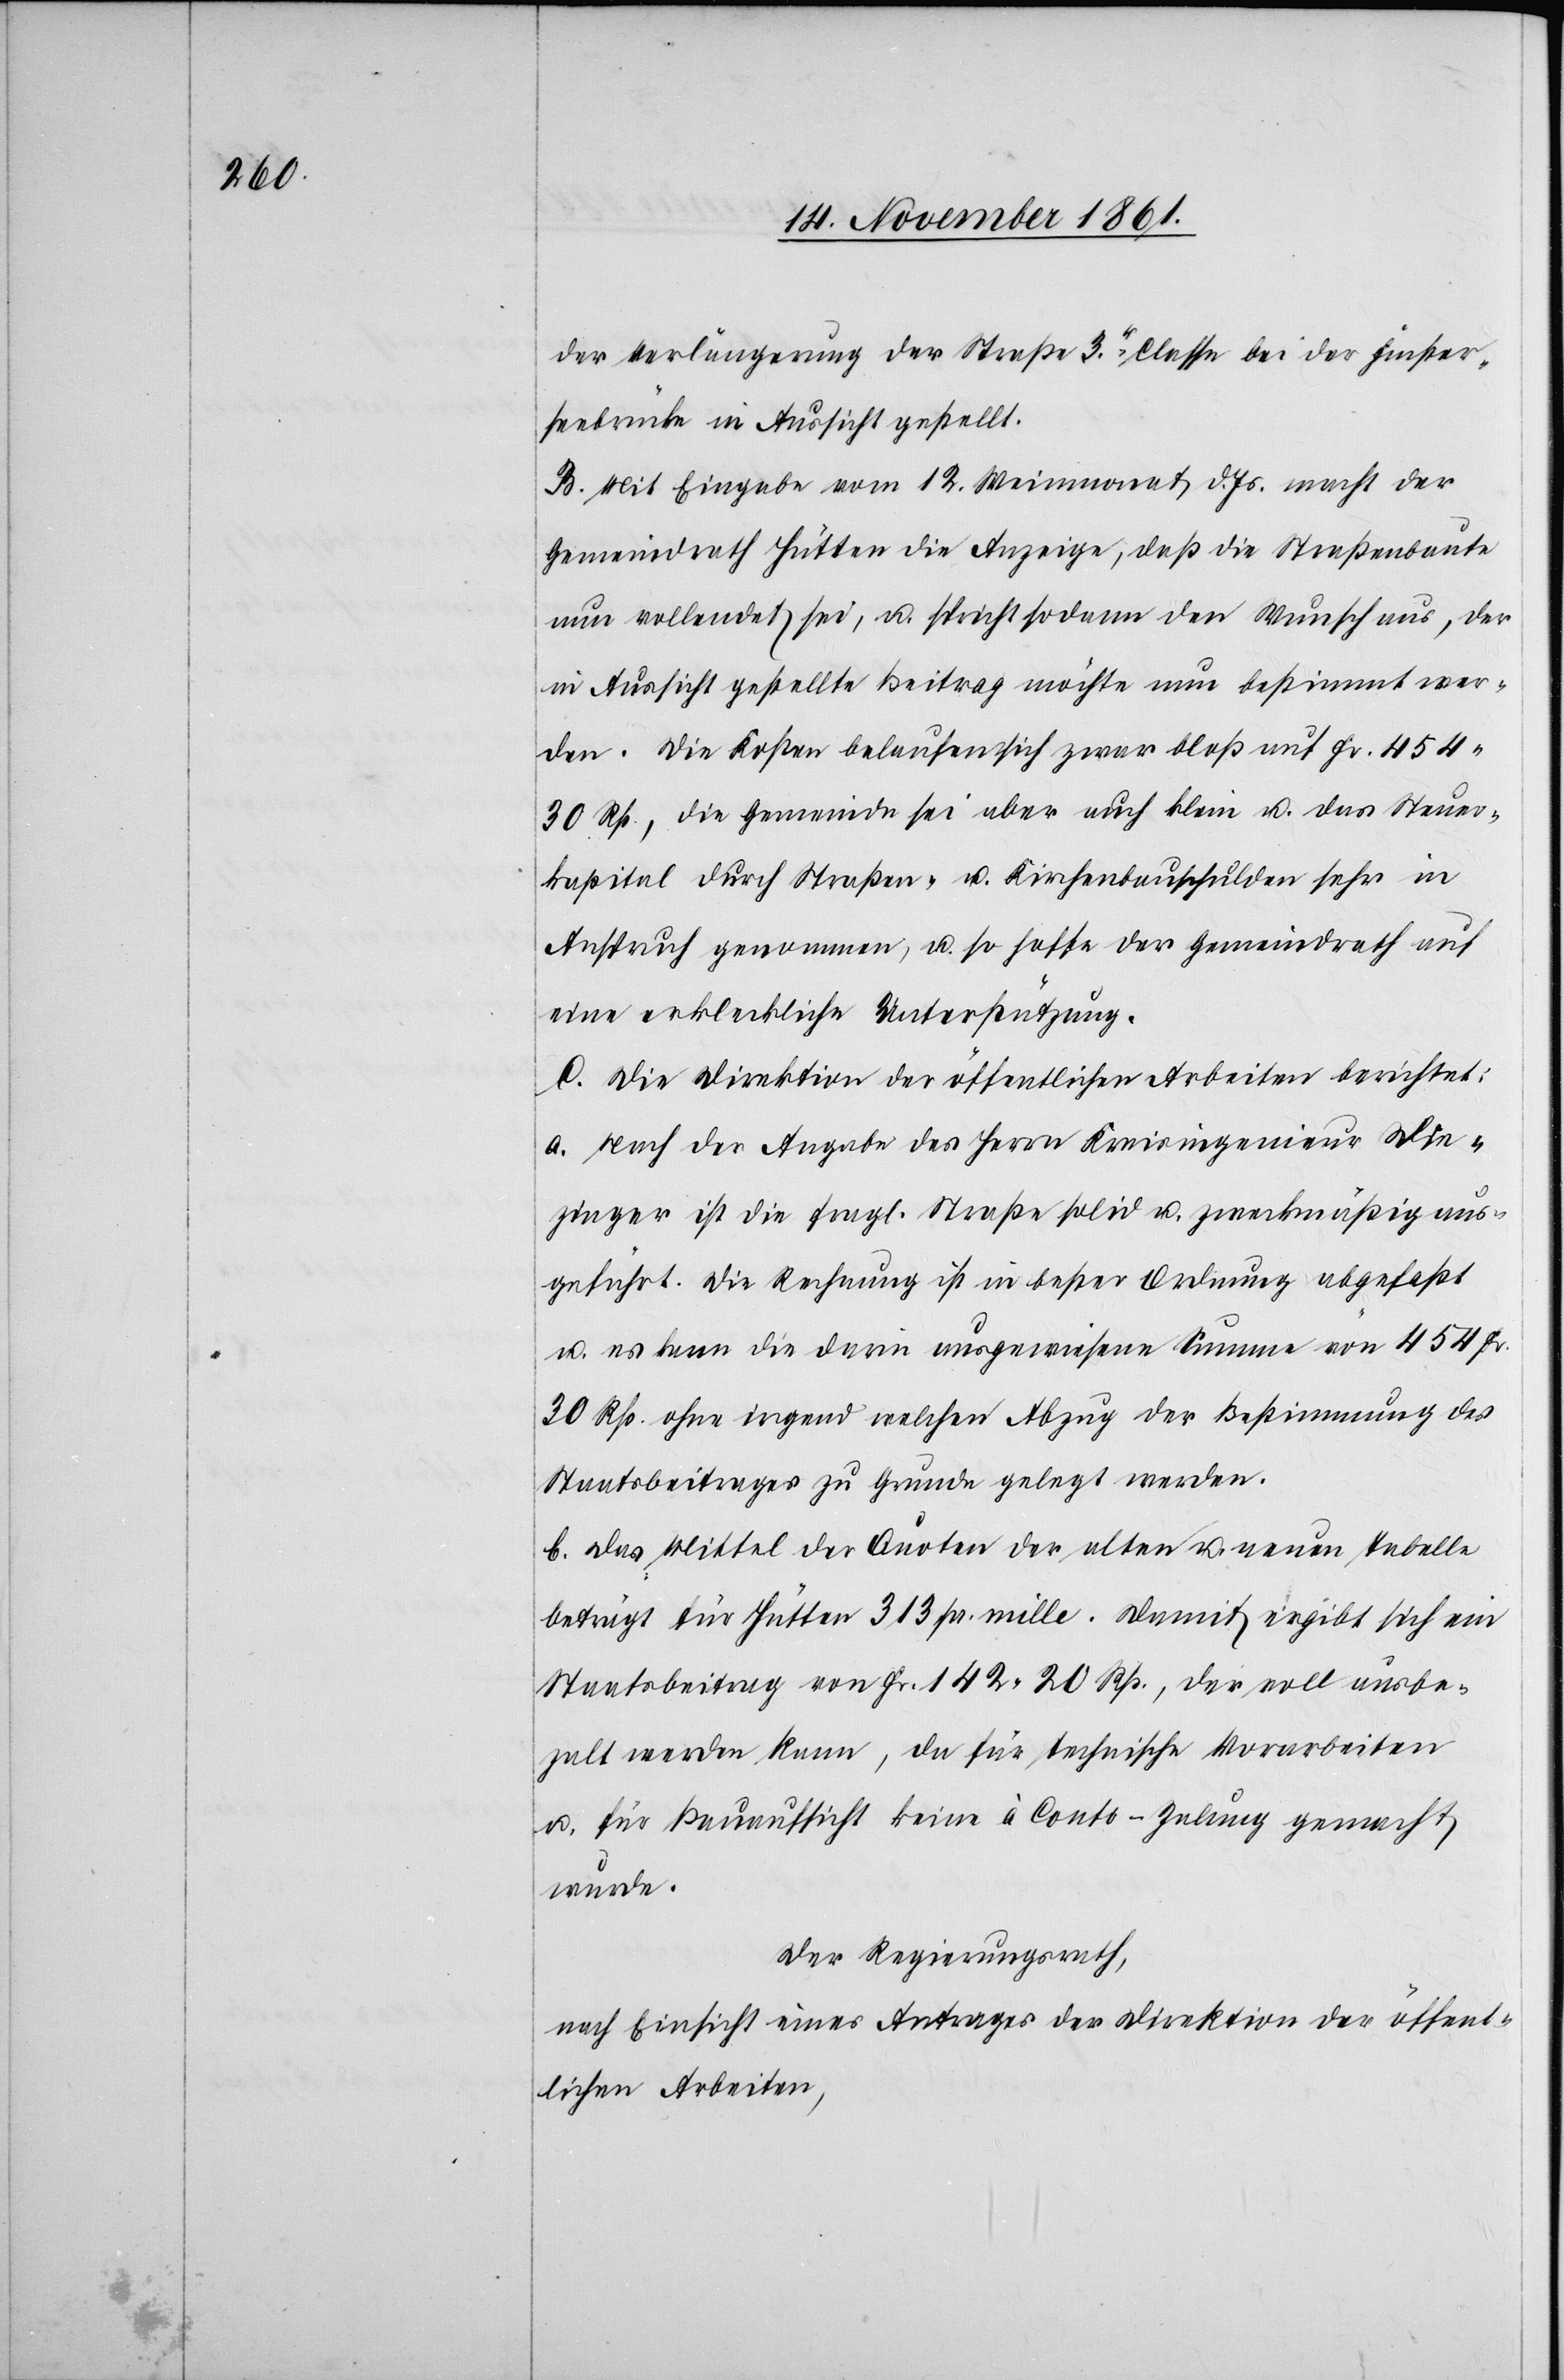
der Verlängerung der Straße 3r Classe bei der Finster¬
seebrücke in Aussicht gestellt.
B. Mit Eingabe vom 12 Weinmonat d. Js. macht der
Gemeindrath Hütten die Anzeige, daß die Straßenbaute
nun vollendet sei, u. spricht sodann den Wunsch aus, der
in Aussicht gestellte Beitrag möchte nun bestimmt wer¬
den. Die Kosten belaufen sich zwar bloß auf Fr. 454.
30 Rp., die Gemeinde sei aber auch klein u. das Steuer¬
kapital durch Straßen- u. Kirchenbauschulden sehr in
Anspruch genommen, u. so hoffe der Gemeindrath auf
eine erkleckliche Unterstützung.
C. Die Direktion der öffentlichen Arbeiten berichtet:
a. Nach der Angabe des Herrn Kreisingenieur Die¬
zinger ist die fragl. Straße solid u. zweckmäßig aus¬
geführt. Die Rechnung ist in bester Ordnung abgefaßt
u. es kann die darin ausgewiesene Summe von 454 Fr.
30 Rp. ohne irgend welchen Abzug der Bestimmung des
Staatsbeitrages zu Grunde gelegt werden.
b. Das Mittel der Quoten der alten u. neuen Tabelle
beträgt für Hütten 313 pr. mille. Damit ergibt sich ein
Staatsbeitrag von Fr. 142. 20 Rp., der voll ausbe¬
zalt werden kann, da für technische Vorarbeiten
u. für Bauaufsicht keine à Conto-Zalung gemacht
wurde.
Der Regierungsrath,
nach Einsicht eines Antrages der Direktion der öffent¬
lichen Arbeiten,